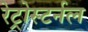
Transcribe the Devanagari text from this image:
रेट्रोस्टर्नल